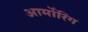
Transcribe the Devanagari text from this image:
आर्मोरिंग